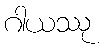
ဂါယဿု